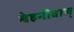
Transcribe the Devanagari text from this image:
बेहनीवाल्